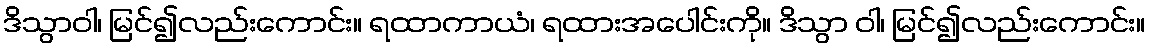
ဒိသွာဝါ၊ မြင်၍လည်းကောင်း။ ရထာကာယံ၊ ရထားအပေါင်းကို။ ဒိသွာ ဝါ၊ မြင်၍လည်းကောင်း။